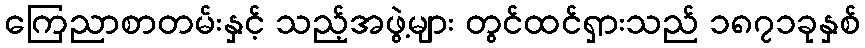
ကြေညာစာတမ်းနှင့် သည့်အဖွဲ့များ တွင်ထင်ရှားသည် ၁၈၇၁ခုနှစ်